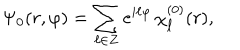
LaTeX: \Psi _ { 0 } ( r , \varphi ) = \sum _ { \ell \in Z } e ^ { i \ell \varphi } \, \chi _ { \ell } ^ { ( 0 ) } ( r ) ,